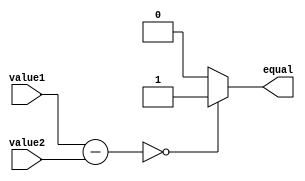
module Equality_Comparator(input [7:0] value1, value2, output reg equal);

  reg [7:0] diff;

  assign diff = value1 - value2;

  always @(diff)
    begin
      if(diff == 0)
        equal = 1;
      else
        equal = 0;
    end

endmodule